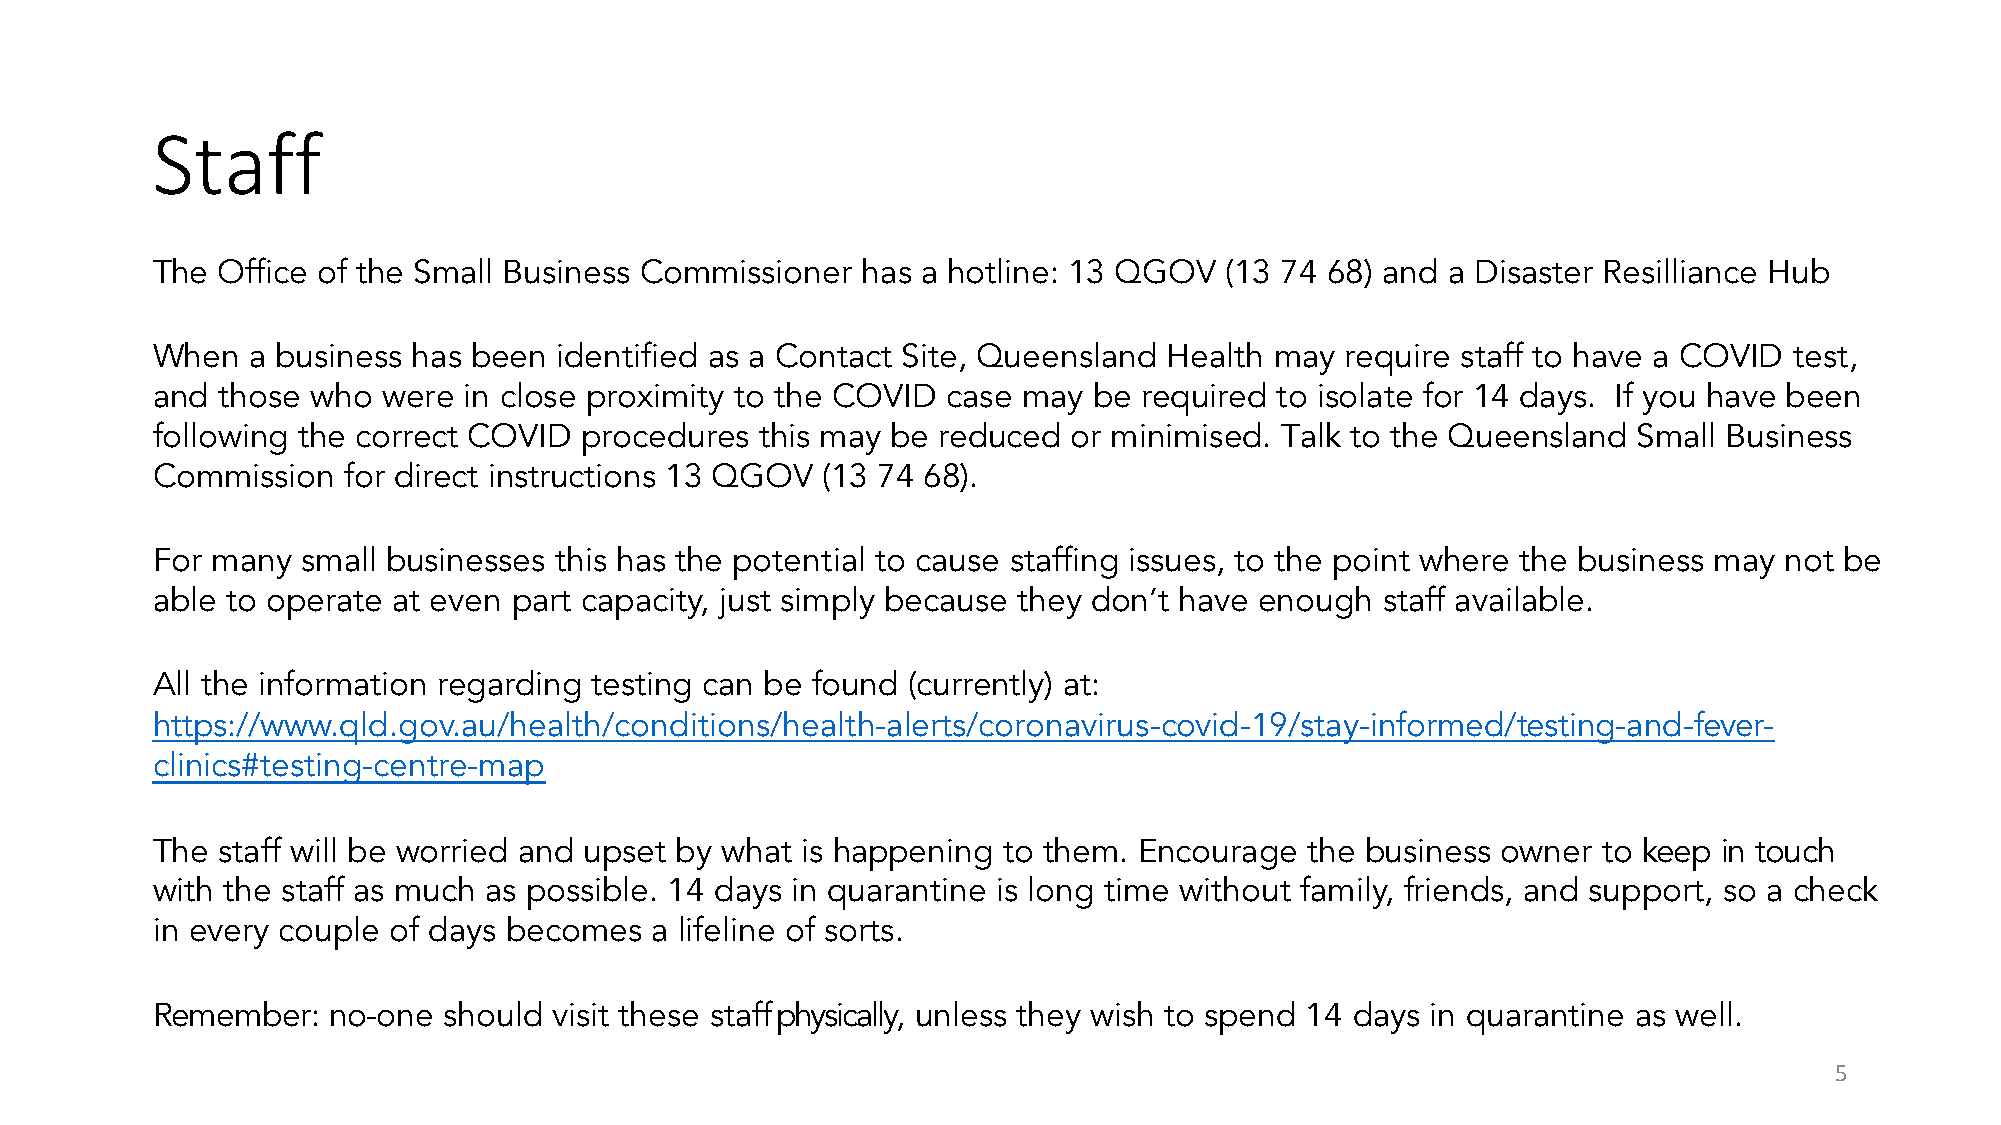
Staff
 The Office of the Small Business Commissioner  has a hotline: 13 QGOV  (13 74 68) and a Disaster Resilliance Hub
 When  a business has been  identified as a Contact Site, Queensland Health may require staff to have a COVID test,
 and those  who were  in close proximity to the COVID case may be required to isolate for 14 days. If you have been
 following the correct COVID procedures  this may be reduced  or minimised. Talk to the Queensland Small Business
 Commission   for direct instructions 13 QGOV (13 74 68).
 For many  small businesses this has the potential to cause staffing issues, to the point where the business may not be
 able to operate at even part capacity, just simply because they don’t have enough staff available.
 All the information regarding testing can be found (currently) at:
 https://www.qld.gov.au/health/conditions/health-alerts/coronavirus-covid-19/stay-informed/testing-and-fever-
 clinics#testing-centre-map
 The staff will be worried and upset by what is happening to them. Encourage the business owner  to keep in touch
 with the staff as much as possible. 14 days in quarantine is long time without family, friends, and support, so a check
 in every couple of days becomes  a lifeline of sorts.
 Remember:   no-one should  visit these staff physically, unless they wish to spend 14 days in quarantine as well.
 5